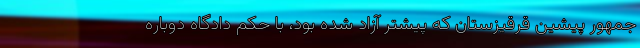
جمهور پیشین قرقیزستان که پیشتر آزاد شده بود، با حکم دادگاه دوباره